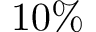
1 0 \%